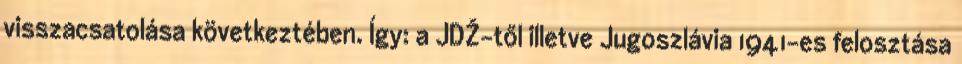
visszacsatolása következtében. Így: a JDŽ-től illetve Jugoszlávia 1941-es felosztása